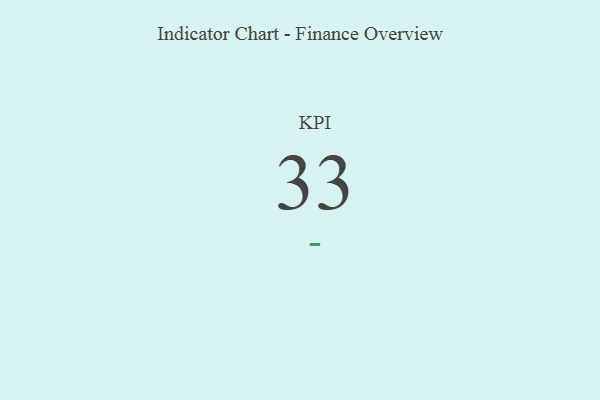
{"axis": {"x": "KPI", "y": "Value"}, "legend": [""], "data": [{"x": "KPI", "y": 33, "type": ""}]}